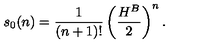
s _ { 0 } ( n ) = \frac { 1 } { ( n + 1 ) ! } \left( \frac { H ^ { B } } { 2 } \right) ^ { n } .